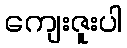
ကျေးဇူးပါ